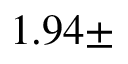
1 . 9 4 \pm